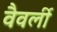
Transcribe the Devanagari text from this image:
वैवर्ली